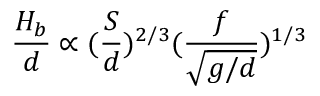
\frac { H _ { b } } { d } \propto ( \frac { S } { d } ) ^ { 2 / 3 } ( \frac { f } { \sqrt { g / d } } ) ^ { 1 / 3 }